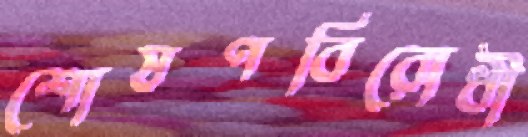
শোষণবিরোধী